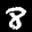
Label: 8